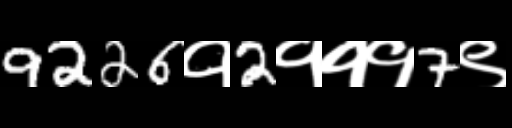
Text: 9226१2१११7९